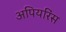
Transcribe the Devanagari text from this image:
अपियरिंस